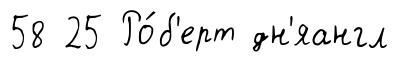
58 25 Ро́б'ерт дн'яангл